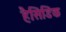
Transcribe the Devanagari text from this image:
हैसिडिक